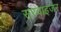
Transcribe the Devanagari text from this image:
सरवाइजर